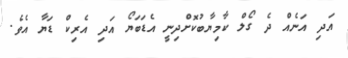
އަދި އަނެއް ދެ ގޯލް ކާމިޔާބުކޮށްދިނީ އެޑަބަޔޯ އަދި އެރިކް ޑަޔާ އެވެ.